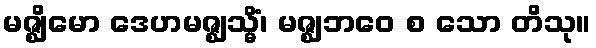
မဇ္ဈိမော ဒေဟမဇ္ဈသ္မိံ၊ မဇ္ဈဘဝေ စ သော တိသု။